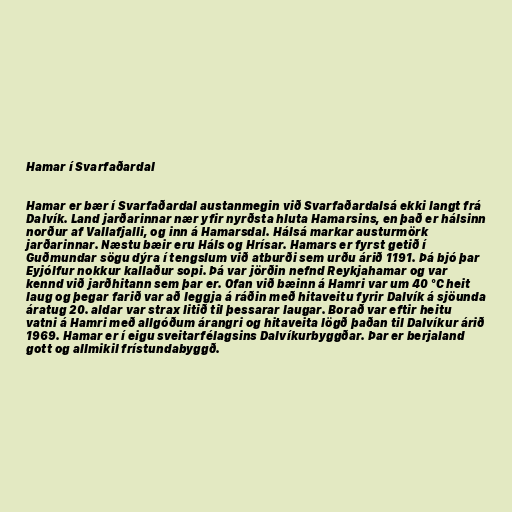
Hamar í Svarfaðardal

Hamar er bær í Svarfaðardal austanmegin við Svarfaðardalsá ekki langt frá
Dalvík. Land jarðarinnar nær yfir nyrðsta hluta Hamarsins, en það er hálsinn
norður af Vallafjalli, og inn á Hamarsdal. Hálsá markar austurmörk
jarðarinnar. Næstu bæir eru Háls og Hrísar. Hamars er fyrst getið í
Guðmundar sögu dýra í tengslum við atburði sem urðu árið 1191. Þá bjó þar
Eyjólfur nokkur kallaður sopi. Þá var jörðin nefnd Reykjahamar og var
kennd við jarðhitann sem þar er. Ofan við bæinn á Hamri var um 40 °C heit
laug og þegar farið var að leggja á ráðin með hitaveitu fyrir Dalvík á sjöunda
áratug 20. aldar var strax litið til þessarar laugar. Borað var eftir heitu
vatni á Hamri með allgóðum árangri og hitaveita lögð þaðan til Dalvíkur árið
1969. Hamar er í eigu sveitarfélagsins Dalvíkurbyggðar. Þar er berjaland
gott og allmikil frístundabyggð.